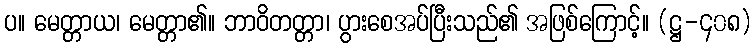
ပ။ မေတ္တာယ၊ မေတ္တာ၏။ ဘာဝိတတ္တာ၊ ပွားစေအပ်ပြီးသည်၏ အဖြစ်ကြောင့်။ (ဋ္ဌ-၄၀၈)